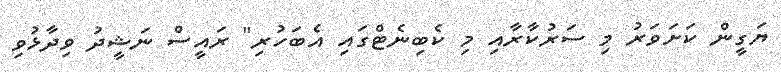
ޔަގީން ކަށަވަރު މި ސަރުކާރާއި މި ކެބިނެޓްގައި އެބަހުރި" ރައީސް ނަޝީދު ވިދާޅުވި